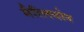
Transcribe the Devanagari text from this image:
मैरिलबोन